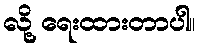
လို့ ရေးထားတာပါ။